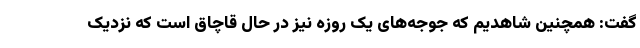
گفت: همچنین شاهدیم که جوجه‌های یک روزه نیز در حال قاچاق است که نزدیک